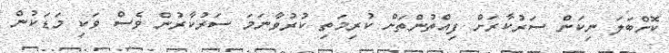
ކޮށްބަލަ ނިކަން ސަރުކާރަށް ފިއްތުންތަށް ކުރިމަތި ކުރުވާނަމަ ސަރުކާރުން ވެސް ވަކި މަޑަކުން